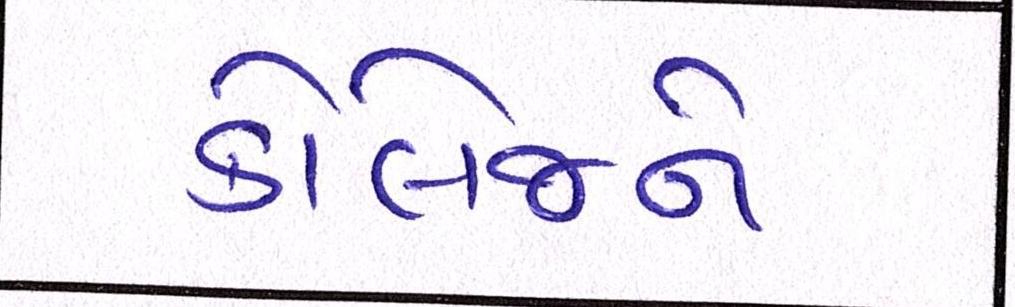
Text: કોલેજને